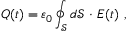
Q ( t ) = \varepsilon _ { 0 } \oint _ { \mathcal { S } } d \mathbf { \mathcal { S } } \ { \boldsymbol { \cdot } } \ { \boldsymbol { E } } ( t ) \ ,